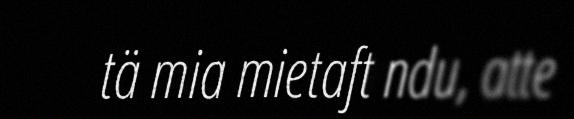
tä mia mietaft ndu, atte